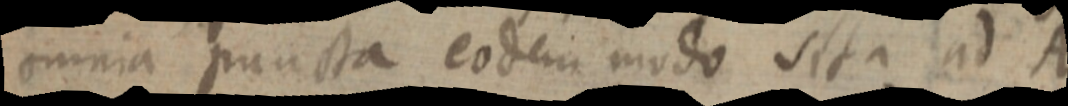
omnia puncta eodem modo sita ad A